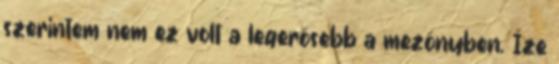
szerintem nem ez volt a legerősebb a mezőnyben. Íze